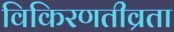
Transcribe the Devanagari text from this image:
विकिरणतीव्रता